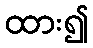
ထား၍